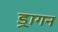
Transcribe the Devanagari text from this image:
ड्रागन